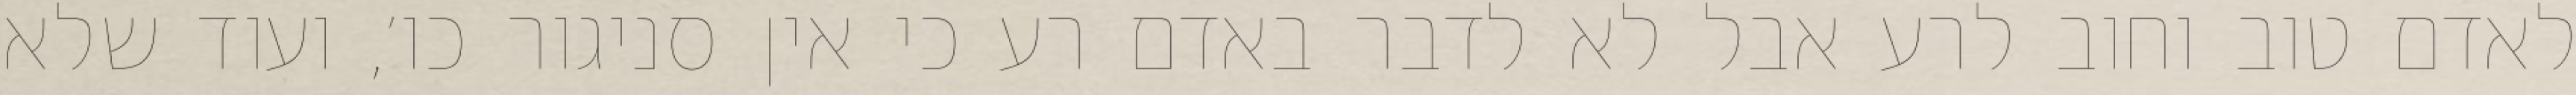
לאדם טוב וחוב לרע אבל לא לדבר באדם רע כי אין סניגור כו׳, ועוד שלא